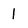
Character: 1